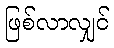
ဖြစ်လာလျှင်